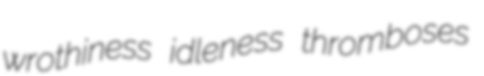
wrothiness idleness thromboses